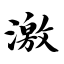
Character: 激